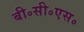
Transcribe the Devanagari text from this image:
बी॰सी॰एस॰